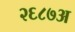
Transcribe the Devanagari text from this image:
२६८७अ